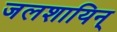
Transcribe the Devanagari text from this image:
जलशायिन्